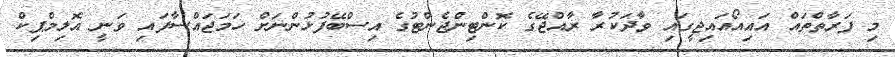
މި ފަރާތްތައް އައިއޯއައިޖީގައި ވާދަކުރާ ރާއްޖޭގެ ކޮންޓިންޖެންޓުގެ އިސްބޭފުޅުންނަށް ހަމަޖައްސާފައި ވަނީ އޮލިމްޕިކް